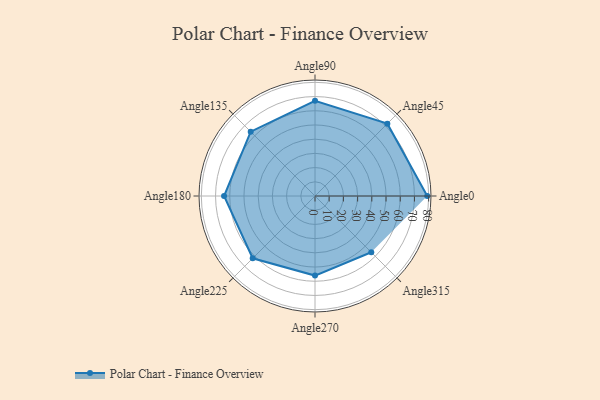
{"axis": {"x": "Angle", "y": "Radius"}, "legend": [""], "data": [{"x": "Angle0", "y": 79.0, "type": ""}, {"x": "Angle45", "y": 72.0, "type": ""}, {"x": "Angle90", "y": 67.0, "type": ""}, {"x": "Angle135", "y": 64.0, "type": ""}, {"x": "Angle180", "y": 64.0, "type": ""}, {"x": "Angle225", "y": 62.0, "type": ""}, {"x": "Angle270", "y": 56.0, "type": ""}, {"x": "Angle315", "y": 56.0, "type": ""}]}